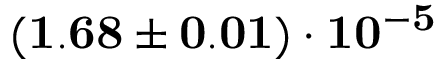
\mathbf { ( 1 . 6 8 \pm 0 . 0 1 ) \cdot 1 0 ^ { - 5 } }